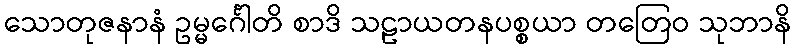
သောတုဇနာနံ ဥမ္မင်္ဂေါတိ စာဒိ သဠာယတနပစ္စယာ တတြေဝ သုဘာနိ